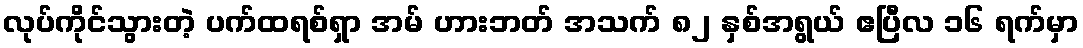
လုပ်ကိုင်သွားတဲ့ ပက်ထရစ်ရှာ အမ် ဟားဘတ် အသက် ၈၂ နှစ်အရွယ် ဧပြီလ ၁၆ ရက်မှာ